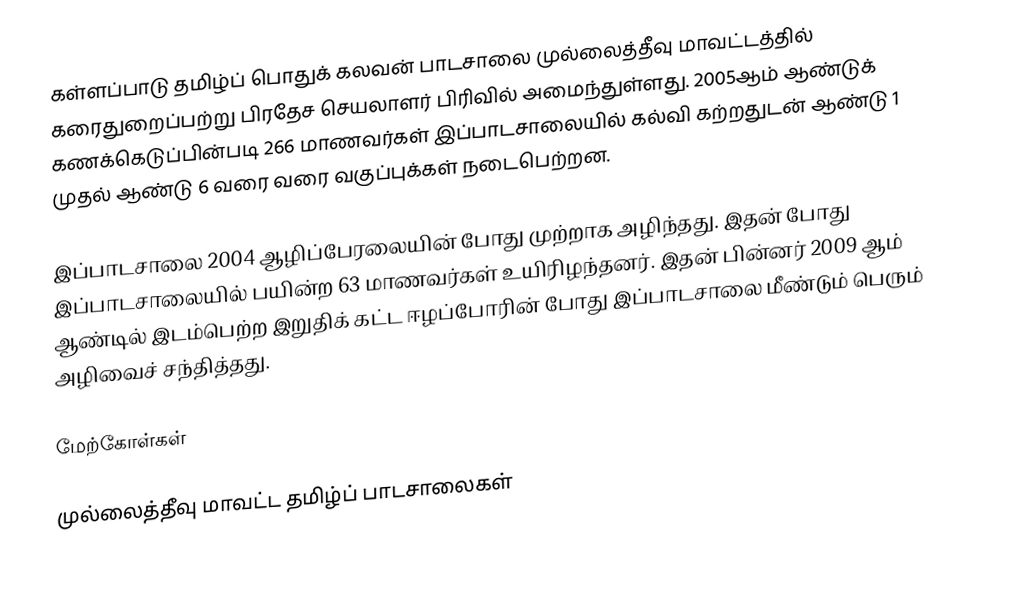
கள்ளப்பாடு தமிழ்ப் பொதுக் கலவன் பாடசாலை முல்லைத்தீவு மாவட்டத்தில் கரைதுறைப்பற்று பிரதேச செயலாளர் பிரிவில் அமைந்துள்ளது. 2005ஆம் ஆண்டுக் கணக்கெடுப்பின்படி 266 மாணவர்கள் இப்பாடசாலையில் கல்வி கற்றதுடன் ஆண்டு 1 முதல் ஆண்டு 6 வரை வரை வகுப்புக்கள் நடைபெற்றன.

இப்பாடசாலை 2004 ஆழிப்பேரலையின் போது முற்றாக அழிந்தது. இதன் போது இப்பாடசாலையில் பயின்ற 63 மாணவர்கள் உயிரிழந்தனர். இதன் பின்னர் 2009 ஆம் ஆண்டில் இடம்பெற்ற இறுதிக் கட்ட ஈழப்போரின் போது இப்பாடசாலை மீண்டும் பெரும் அழிவைச் சந்தித்தது.

மேற்கோள்கள்

முல்லைத்தீவு மாவட்ட தமிழ்ப் பாடசாலைகள்